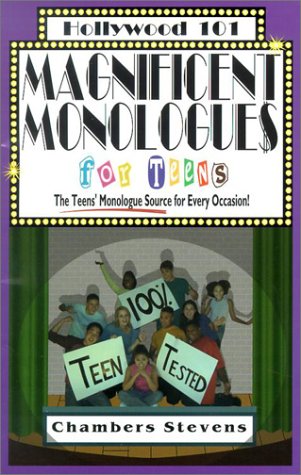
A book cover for Magnificent Monologues for Teens: The Teens' Monologue Source for Every Occasion (Hollywood 101, 4); Chambers Stevens; Teen & Young Adult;